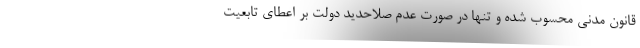
قانون مدنی محسوب شده و تنها در صورت عدم صلاحدید دولت بر اعطای تابعیت